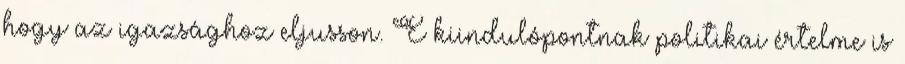
hogy az igazsághoz eljusson. E kiindulópontnak politikai értelme is